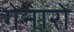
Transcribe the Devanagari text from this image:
गेनारो